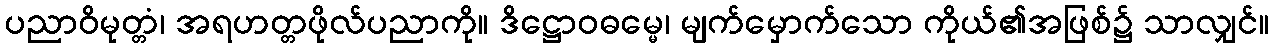
ပညာဝိမုတ္တံ၊ အရဟတ္တဖိုလ်ပညာကို။ ဒိဋ္ဌောဝဓမ္မေ၊ မျက်မှောက်သော ကိုယ်၏အဖြစ်၌ သာလျှင်။